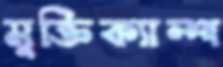
মুক্তিক্যাম্প